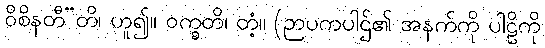
ဝိစိနတီ”တိ၊ ဟူ၍။ ဝက္ခတိ၊ တံ့။ (ဉာပကပါဌ်၏ အနက်ကို ပါဠိကို